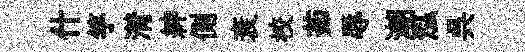
什竽潸紳側衰校茹辱潮泓呉